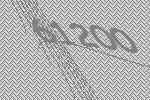
61200